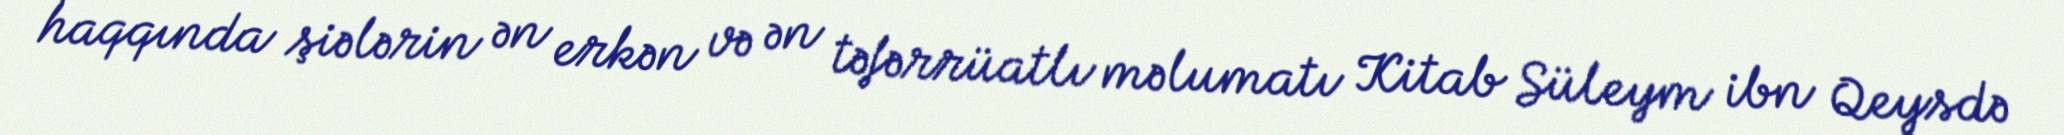
haqqında şiələrin ən erkən və ən təfərrüatlı məlumatı Kitab Süleym ibn Qeysdə